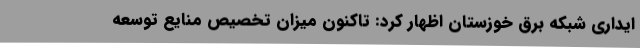
ایداری شبکه برق خوزستان اظهار کرد: تاکنون میزان تخصیص منایع توسعه